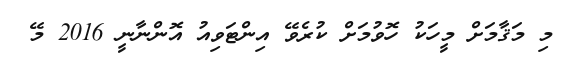
މި މަޤާމަށް މީހަކު ހޮވުމަށް ކުރެވޭ އިންޓަވިއު އޮންނާނީ 2016 މޭ